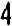
4